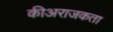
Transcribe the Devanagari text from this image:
कीअराजकता